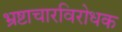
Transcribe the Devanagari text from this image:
भ्रष्टाचारविरोधक